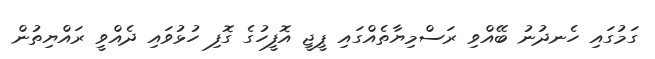
ގަމުގައި ހެނދުނު ބޭއްވި ރަސްމިޔާތެއްގައި ޕީޖީ އޮފީހުގެ ގޮފި ހުޅުވައި ދެއްވީ ރައްޔިތުން